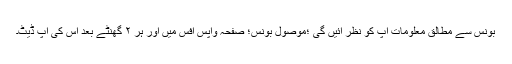
بونس سے مطالق معلومات اپ کو نظر ائیں گی ؛موصول بونس؛ صفحہ واپس افس میں اور ہر ۲ گھنٹے بعد اس کی اپ ڈیٹ۔